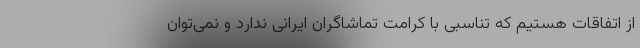
از اتفاقات هستیم که تناسبی با کرامت تماشاگران ایرانی ندارد و نمی‌توان